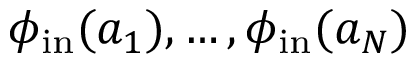
\phi _ { \mathrm { i n } } ( a _ { 1 } ) , \hdots , \phi _ { \mathrm { i n } } ( a _ { N } )